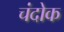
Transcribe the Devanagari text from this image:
चंदोक